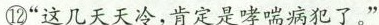
"这几天天冷，肯定是哮喘病犯了。"